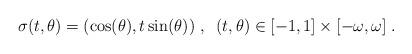
LaTeX: \begin{align*} \sigma(t,\theta)=(\cos(\theta),t\sin(\theta))\;,\;\;(t,\theta)\in [-1,1]\times [-\omega,\omega]\;. \end{align*}